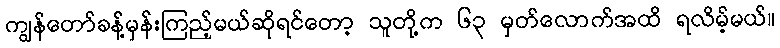
ကျွန်တော်ခန့်မှန်းကြည့်မယ်ဆိုရင်တော့ သူတို့က ၆၃ မှတ်လောက်အထိ ရလိမ့်မယ်။